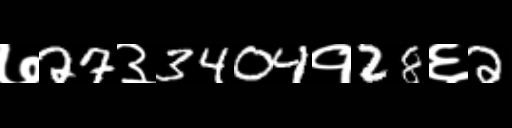
Text: ७27३3404१28६2